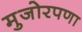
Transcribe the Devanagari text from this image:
मुजोरपणा